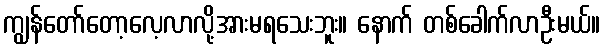
ကျွန်တော်တော့လေ့လာလို့အားမရသေးဘူး။ နောက် တစ်ခေါက်လာဦးမယ်။